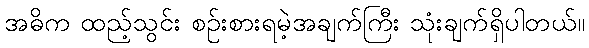
အဓိက ထည့်သွင်း စဉ်းစားရမဲ့အချက်ကြီး သုံးချက်ရှိပါတယ်။